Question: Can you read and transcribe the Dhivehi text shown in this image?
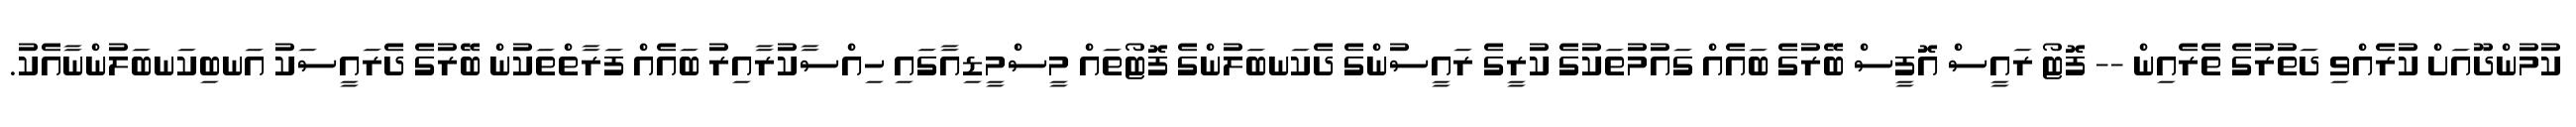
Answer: ކުމުންދޫއަށް ކުރެއްވި ދަތުރުގެ ތެރެއިން -- ފޮޓޯ ރައީސް އޮފީސް ބޭރުގެ ބައެއް ގައުމުތަކުގެ ކުރީގެ ރައީސުންގެ ދެކަނބަލުންގެ ފޮޓޯތައް މީސްމީޑިއާގައި ހިއްސާކުރާއިރު ބައެއް ފަރާތްތަކުން ބޭރުގެ ދެރައީސަކު އަނބިކަނބަލުންނާއެކު.